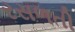
રસળતી